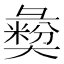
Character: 𢑱